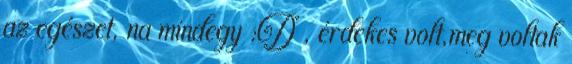
az egészet, na mindegy :D , érdekes volt,meg voltak